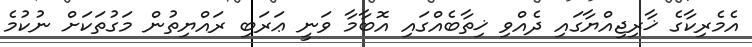
އެމެރިކާގެ ޚާރިޖިއްޔާގައި ދެއްވި ޚިތާބެއްގައި އޮބާމާ ވަނީ ޢަރަބި ރައްޔިތުން މަގުތަކަށް ނުކުމެ